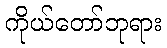
ကိုယ်တော်ဘုရား